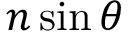
n \sin \theta